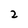
Character: 2